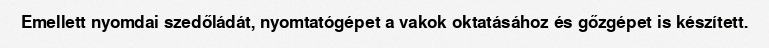
Emellett nyomdai szedőládát, nyomtatógépet a vakok oktatásához és gőzgépet is készített.